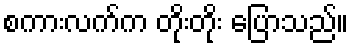
စကားလက်က တိုးတိုး ပြောသည်။